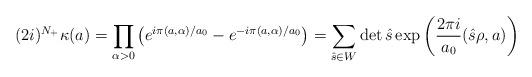
LaTeX: \begin{align*}(2i)^{N_+}\kappa (a)=\prod\limits_{\alpha >0}^{}\left( e^{i\pi (a,\alpha )/a_0}-e^{-i\pi (a,\alpha)/a_0}\right)=\sum\limits_{\hat{s}\in W}^{} \det \hat{s}\exp \left(\frac{2\pi i}{a_0}(\hat{s}\rho ,a)\right)\end{align*}